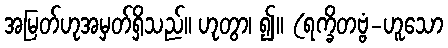
အမြတ်ဟုအမှတ်ရှိသည်။ ဟုတွာ၊ ၍။ (ရက္ခိတဗ္ဗံ-ဟူသော